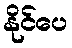
နိုင်ပေ